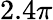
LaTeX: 2.4\pi